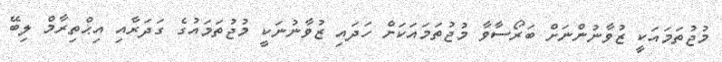
މުޖުތަމައަކީ ޒުވާނުންނަށް ބަރޯސާވާ މުޖުތަމައަކަށް ހަދައި ޒުވާނުނަކީ މުޖުތަމައުގެ ގަދަރާއި އިޙްތިރާމް ލިބޭ